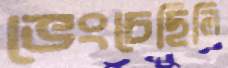
ভেংচেছিলি